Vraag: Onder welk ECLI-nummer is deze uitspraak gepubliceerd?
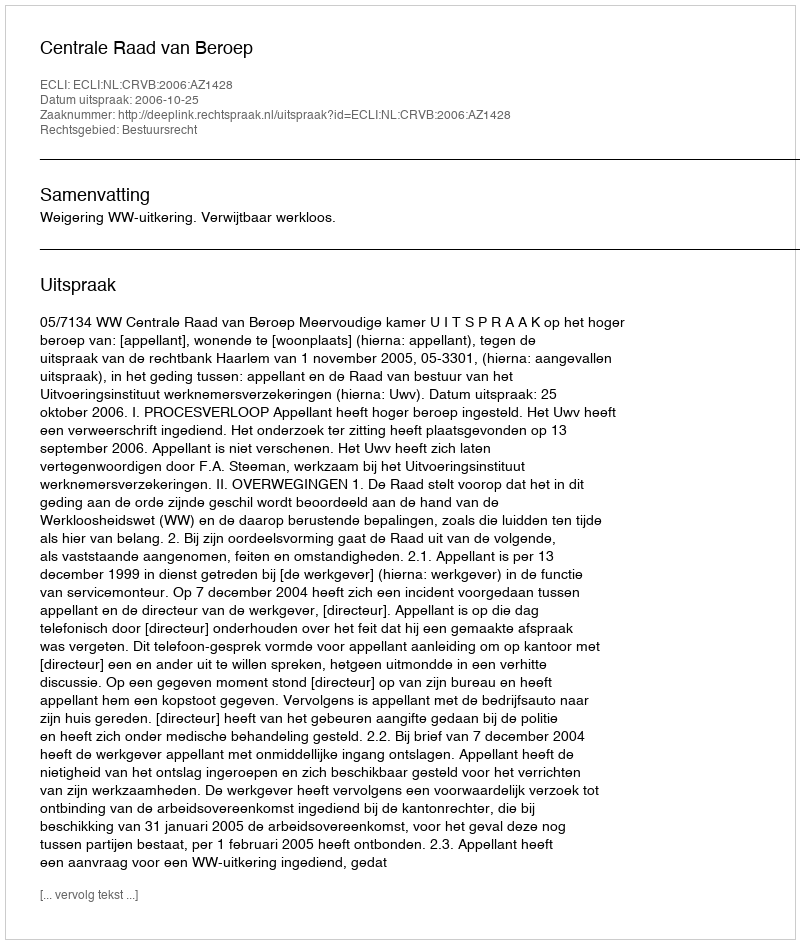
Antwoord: ECLI:NL:CRVB:2006:AZ1428